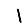
Digit: 1